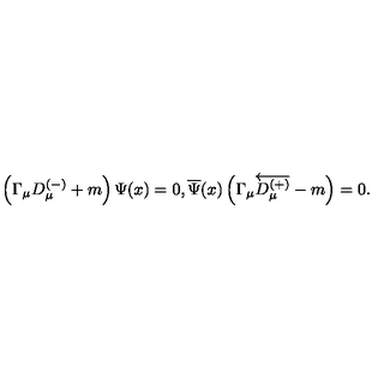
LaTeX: \left( \Gamma _ { \mu } D _ { \mu } ^ { ( - ) } + m \right) \Psi ( x ) = 0 , \overline { { \Psi } } ( x ) \left( \Gamma _ { \mu } \overleftarrow { D _ { \mu } ^ { ( + ) } } - m \right) = 0 .